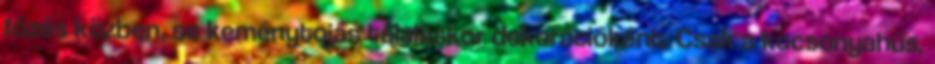
főzés közben, se keménytojás tálaláskor dekorációként. Csak a kocsonyahús,